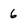
Character: 6